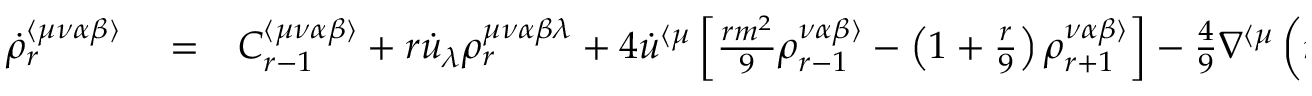
\begin{array} { r l r } { \dot { \rho } _ { r } ^ { \langle \mu \nu \alpha \beta \rangle } } & { { } = } & { C _ { r - 1 } ^ { \langle \mu \nu \alpha \beta \rangle } + r \dot { u } _ { \lambda } \rho _ { r } ^ { \mu \nu \alpha \beta \lambda } + 4 \dot { u } ^ { \langle \mu } \left[ \frac { r m ^ { 2 } } { 9 } \rho _ { r - 1 } ^ { \nu \alpha \beta \rangle } - \left( 1 + \frac { r } { 9 } \right) \rho _ { r + 1 } ^ { \nu \alpha \beta \rangle } \right] - \frac { 4 } { 9 } \nabla ^ { \langle \mu } \left( m ^ { 2 } \rho _ { r - 1 } ^ { \nu \alpha \beta \rangle } - \rho _ { r + 1 } ^ { \nu \alpha \beta \rangle } \right) - \Delta _ { \sigma \gamma \psi \rho } ^ { \mu \nu \alpha \beta } \nabla _ { \lambda } \rho _ { r - 1 } ^ { \sigma \gamma \psi \rho \lambda } + } \end{array}